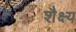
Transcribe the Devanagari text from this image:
शैक्ष्य